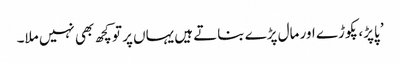
’ پاپڑ، پکوڑے اور مال پڑے بناتے ہیں یہاں پر تو کچھ بھی نہیں ملا۔